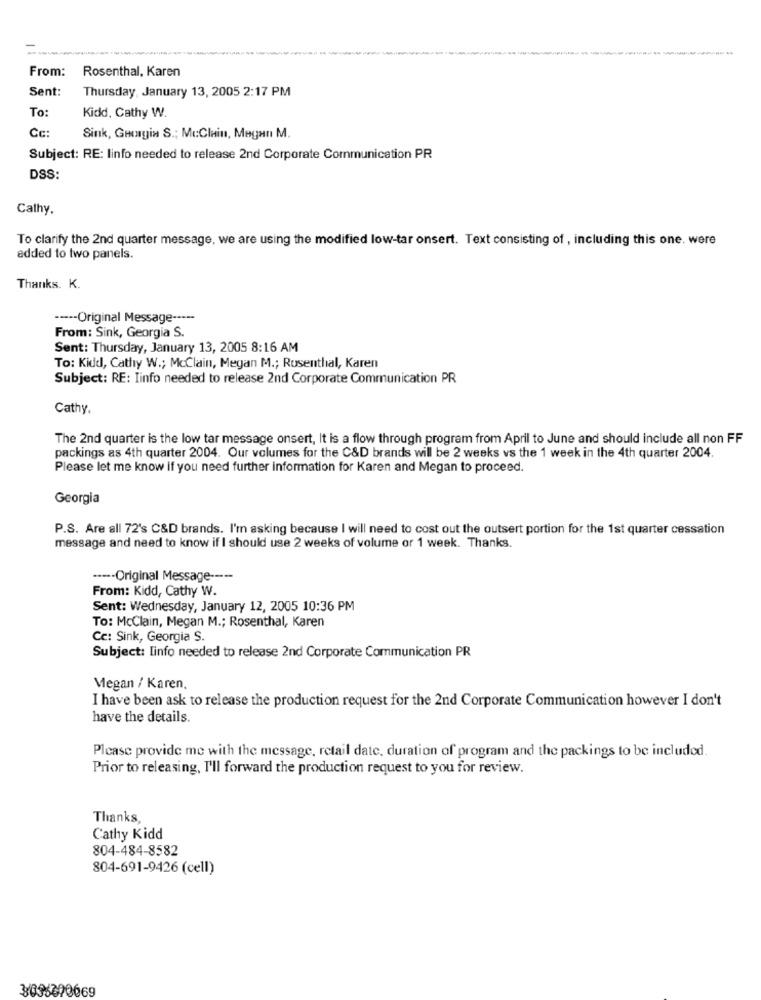
---
Rosenthal, Karen
From:
Sent:
Thursday, January 13, 2005 2:17 PM
To:
Kidd, Cathy W.
Cc:
Sink, Georgia S .; McClain, Megan M.
Subject: RE: linfo needed to release 2nd Corporate Communication PR
DSS:
Calhy,
To clarify the 2nd quarter message, we are using the modified low-tar onsert. Text consisting of , including this one. were
added to two panels.
Thanks. K.
----- Original Message -----
From: Sink, Georgia S.
Sent: Thursday, January 13, 2005 8:16 AM
To: Kidd, Cathy W .; McClain, Megan M .; Rusenthal, Karen
Subject: RE: Iinfo needed to release 2nd Corporate Communication PR
Cathy.
The 2nd quarter is the low tar message onsert, It is a flow through program from April to June and should include all non FF
packings as 4th quarter 2004. Our volumes for the C&D brands will be 2 weeks vs the 1 week in the 4th quarter 2004.
Please let me know if you need further information for Karen and Megan to proceed.
Georgia
P.S. Are all 72's C&D brands. I'm asking because I will need to cost out the outsert portion for the 1st quarter cessation
message and need to know if I should use 2 weeks of volume or 1 week. Thanks.
----- Original Message -----
From: Kidd, Cathy W.
Sent: Wednesday, January 12, 2005 10:36 PM
To: McClain, Megan M .; Rosenthal, Karen
Cc: Sink, Georgia S.
Subject: linfo needed to release 2nd Corporate Communication PR
Megan / Karen,
I have been ask to release the production request for the 2nd Corporate Communication however I don't
have the details.
Please provide me with the message, retail date, duration of program and the packings to be included.
Prior to releasing, I'll forward the production request to you for review.
Thanks
Cathy Kidd
804-484-8582
804-691-9426 (cell)
3036390069